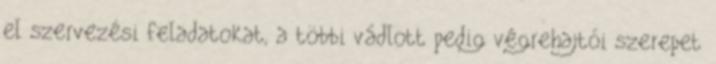
el szervezési feladatokat, a többi vádlott pedig végrehajtói szerepet